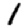
Digit: 1